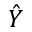
\hat { Y }